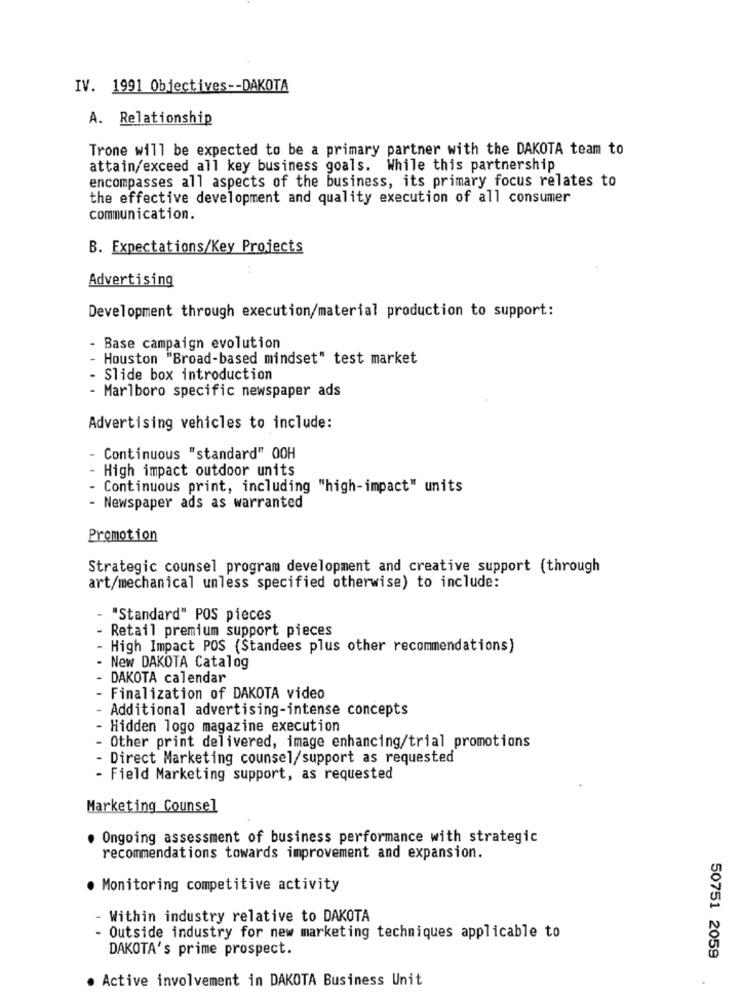
IV. 1991 Objectives -- DAKOTA
A. Relationship
Trone will be expected to be a primary partner with the DAKOTA team to
attain/exceed all key business goals. While this partnership
encompasses all aspects of the business, its primary focus relates to
the effective development and quality execution of all consumer
communication.
B. Expectations/Key Projects
Advertising
Development through execution/material production to support:
- Base campaign evolution
Houston "Broad-based mindset" test market
Slide box introduction
- Marlboro specific newspaper ads
Advertising vehicles to include:
Continuous "standard" 00H
High impact outdoor units
Continuous print, including "high-impact" units
- Newspaper ads as warranted
Promotion
Strategic counsel program development and creative support (through
art/mechanical unless specified otherwise) to include:
"Standard" POS pieces
Retail premium support pieces
High Impact POS (Standees plus other recommendations)
New DAKOTA Catalog
DAKOTA calendar
Finalization of DAKOTA video
- Additional advertising-intense concepts
- Hidden logo magazine execution
- Other print delivered, image enhancing/trial promotions
- Direct Marketing counsel/support as requested
- Field Marketing support, as requested
Marketing Counsel
Ongoing assessment of business performance with strategic
recommendations towards improvement and expansion.
· Monitoring competitive activity
- Within industry relative to DAKOTA
- Outside industry for new marketing techniques applicable to
DAKOTA' s prime prospect.
50751 2059
. Active involvement in DAKOTA Business Unit